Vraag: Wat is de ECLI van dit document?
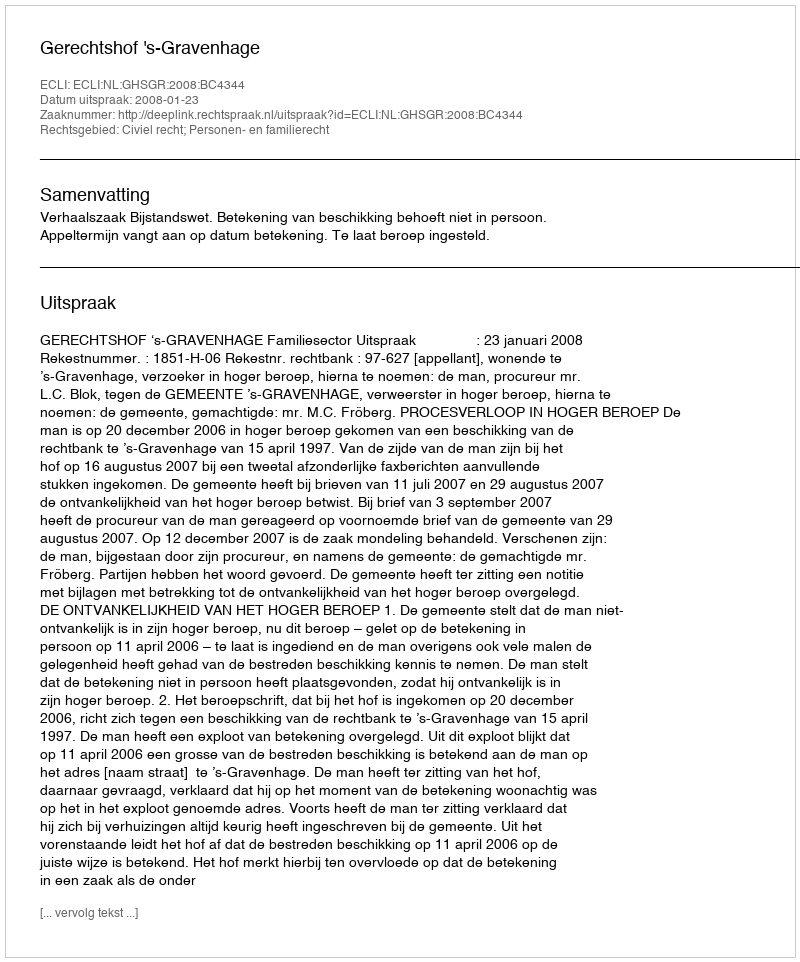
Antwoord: ECLI:NL:GHSGR:2008:BC4344